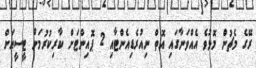
ރޭގެ މެޗުން މޮޅުވެ އެއްވަނާގައި އޮތް ނިއުރެޑިއެންޓާއި 2 ޕޮއިންޓަށް ކާރިކުރުމަށް ޓީސީއަށް